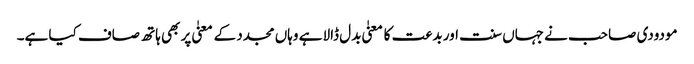
مودودی صاحب نے جہاں سنت اور بدعت کا معنیٰ بدل ڈالا ہے وہاں مجدد کے معنیٰ پر بھی ہاتھ صاف کیا ہے۔